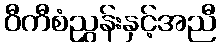
ဝီကီစံညွှန်းနှင့်အညီ